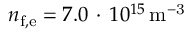
{ n } _ { \mathrm { f , e } } = 7 . 0 \, \cdot \, 1 0 ^ { 1 5 } \, \mathrm { { m } ^ { - 3 } }